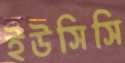
ইউসিসি